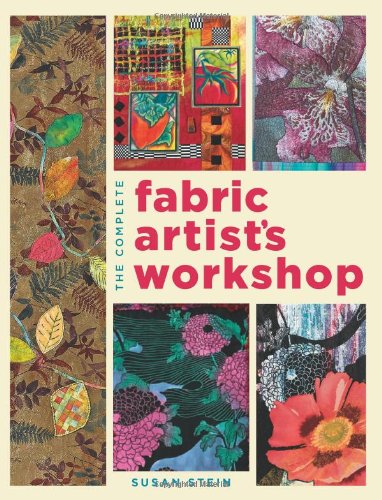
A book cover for The Complete Fabric Artist's Workshop: Exploring Techniques and Materials for Creating Fashion and Decor Items from Artfully Altered Fabric; Susan Stein; Crafts, Hobbies & Home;